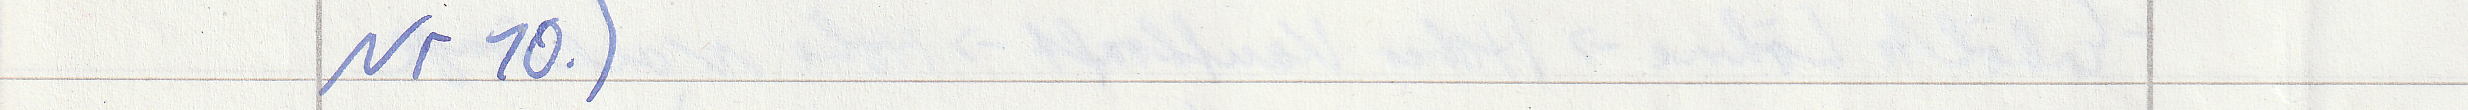
Nr 10.)